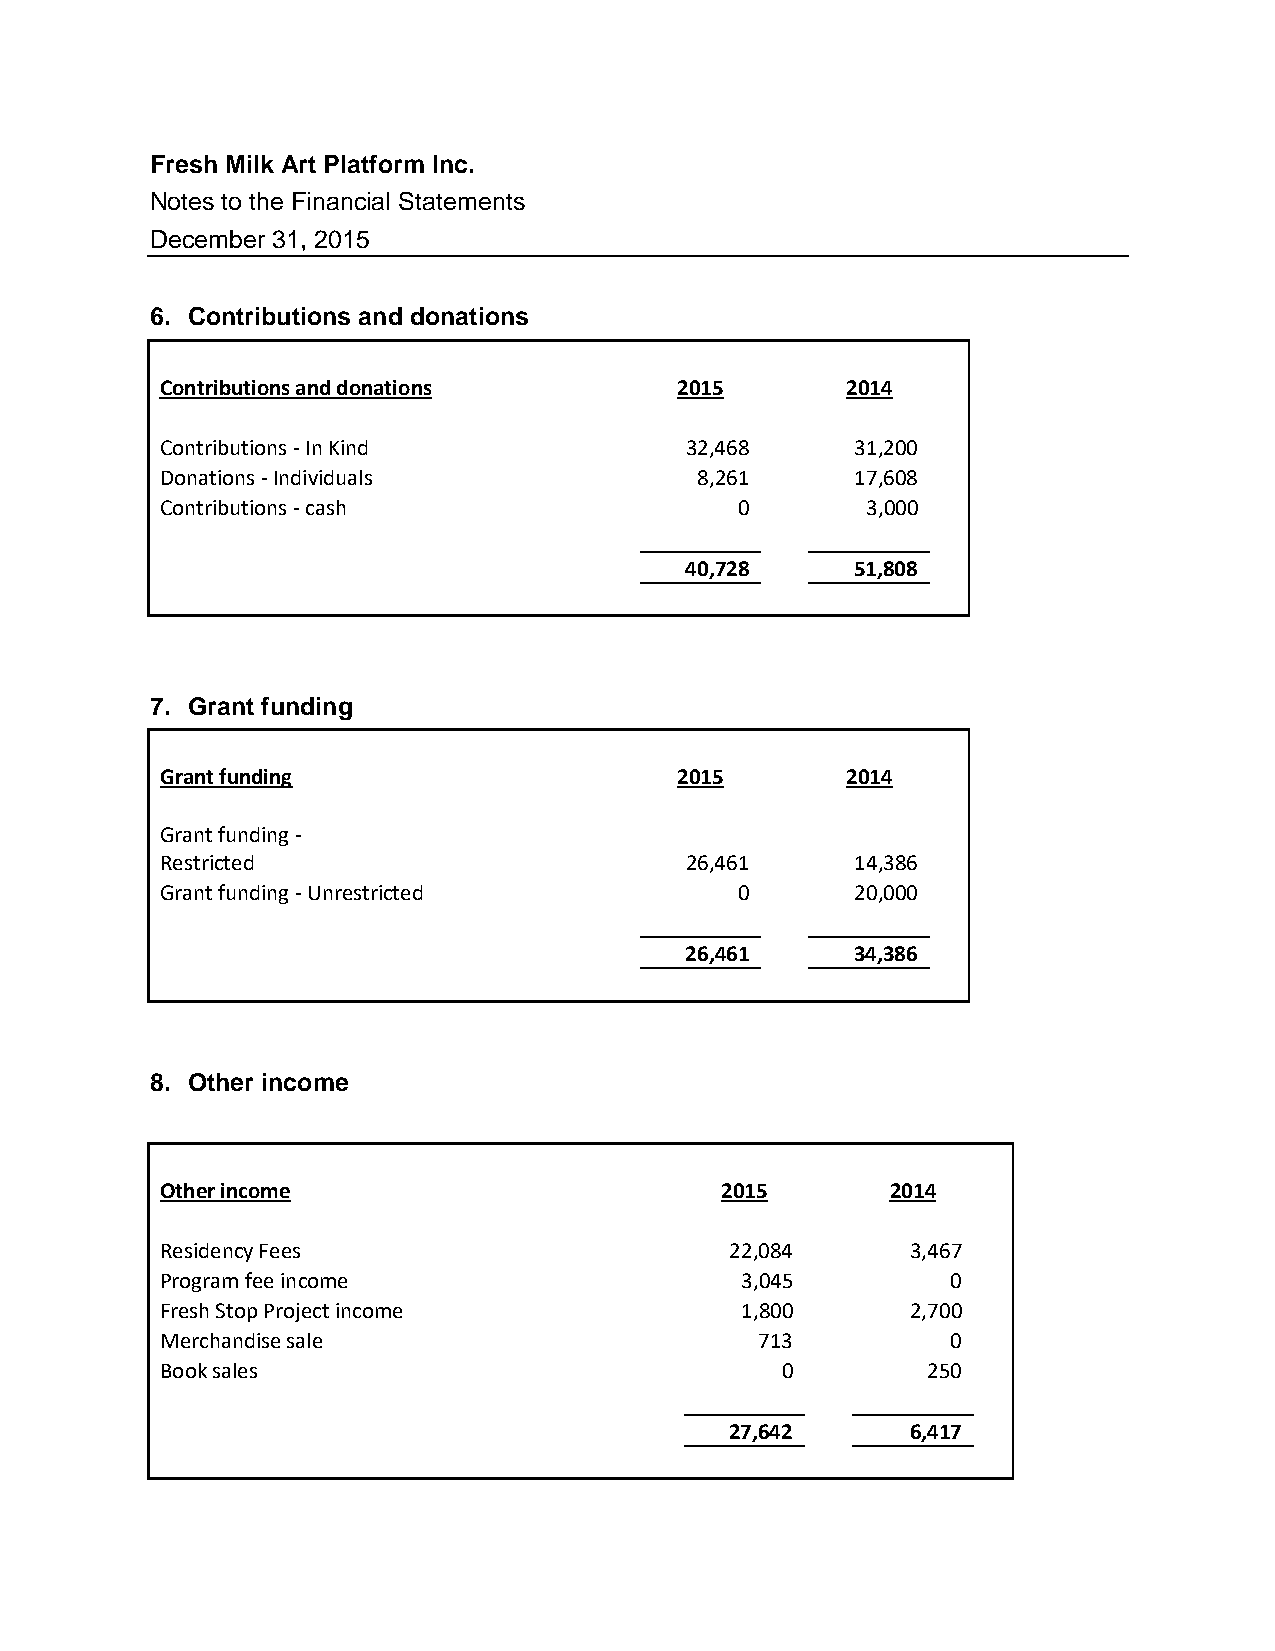
Fresh Milk Art Platform Inc.
 Notes to the Financial Statements
 December 31, 2015
 6. Contributions and donations
 Contributions and donations       2015       2014
 Contributions - In Kind           32,468      31,200
 Donations - Individuals            8,261      17,608
 Contributions - cash                  0       3,000
 40,728      51,808
 7. Grant funding
 Grant funding                     2015       2014
 Grant funding -
 Restricted                        26,461      14,386
 Grant funding - Unrestricted          0       20,000
 26,461      34,386
 8. Other income
 Other income                         2015       2014
 Residency Fees                       22,084      3,467
 Program fee income                    3,045         0
 Fresh Stop Project income             1,800      2,700
 Merchandise sale                       713          0
 Book sales                               0        250
 27,642      6,417